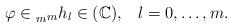
LaTeX: \begin{align*} \varphi \in \prescript{}{m}{}_{m} h_l \in (\mathbb{C}), \;\;\; l=0, \dots,m.\end{align*}